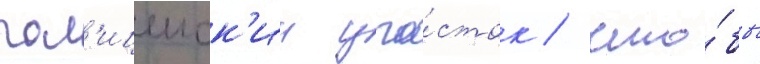
пол'ицеиск'ии уча́сток / что́бы